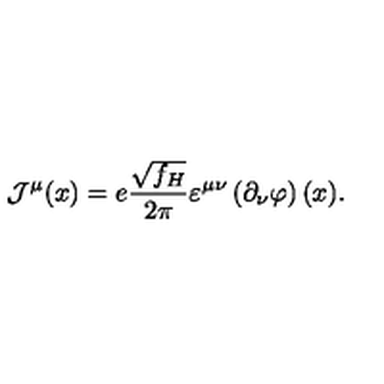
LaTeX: { \mathcal J } ^ { \mu } ( x ) = e \frac { \sqrt { f _ { H } } } { 2 \pi } \varepsilon ^ { \mu \nu } \left( \partial _ { \nu } \varphi \right) ( x ) .